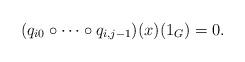
LaTeX: \begin{align*}(q_{i 0} \circ \dots \circ q_{i, j-1})(x)(1_G)=0.\end{align*}